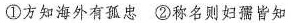
①方知海外有孤忠②称名则妇孺皆知